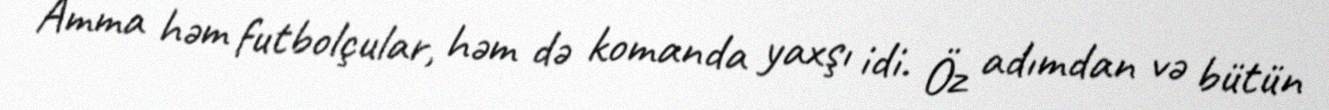
Amma həm futbolçular, həm də komanda yaxşı idi. Öz adımdan və bütün